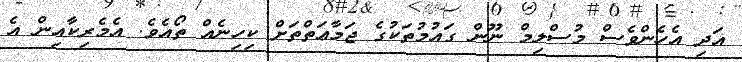
އަދި އެހެންވެސް މުސްލިމް ނޫން ގައުމުތަކުގެ ޖަމާޢަތްތަށް ކިހިނެއް ތޯއެވެ. އެމެރިކާއިން އެ